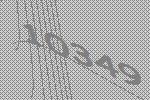
10349